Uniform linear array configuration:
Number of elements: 16
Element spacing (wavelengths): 1
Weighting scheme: exponential
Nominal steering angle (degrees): -30
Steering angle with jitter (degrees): -30.046
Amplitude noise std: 0.05
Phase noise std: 0.05

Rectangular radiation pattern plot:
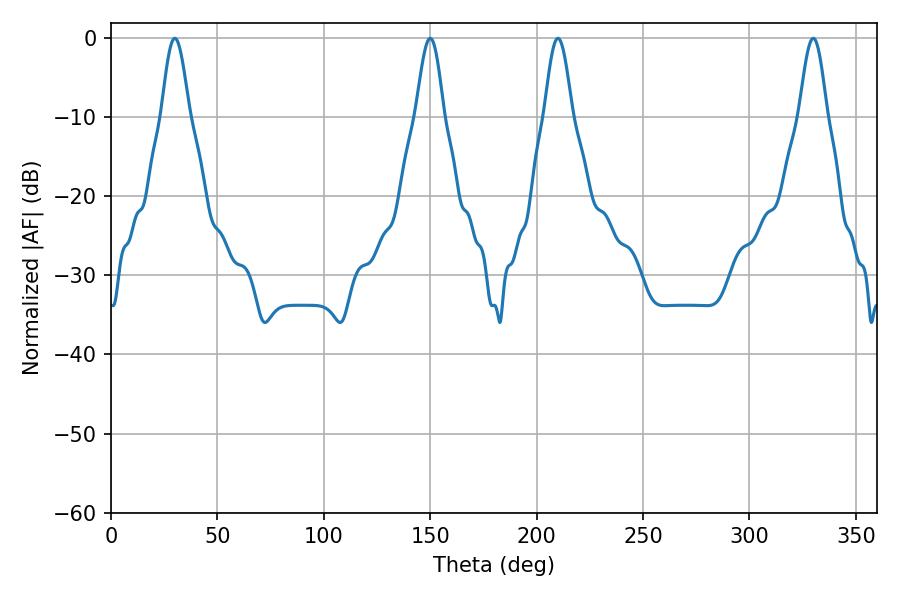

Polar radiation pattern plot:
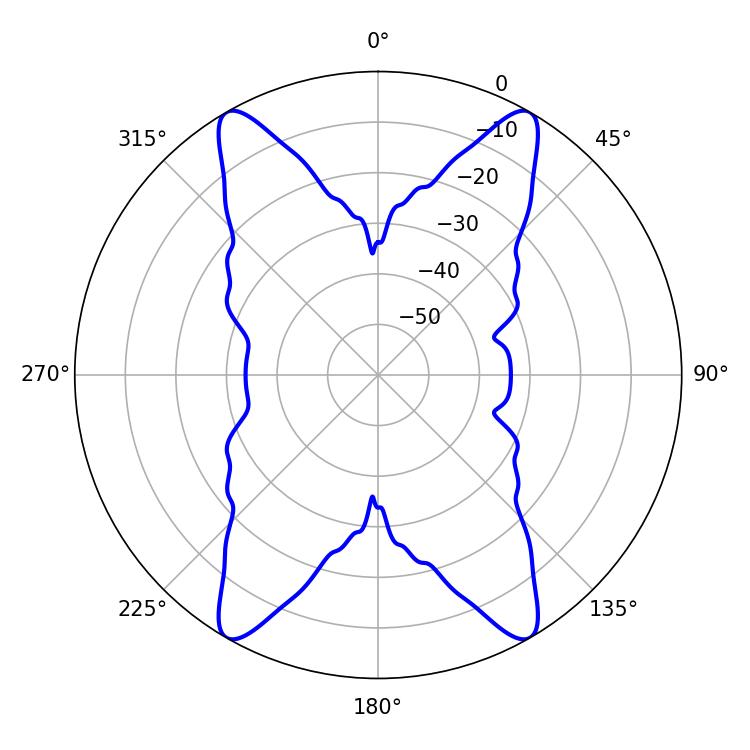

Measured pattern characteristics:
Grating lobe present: TRUE
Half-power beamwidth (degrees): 6.84
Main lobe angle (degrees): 329.94